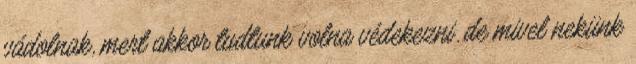
vádolnak, mert akkor tudtunk volna védekezni. de mivel nekünk